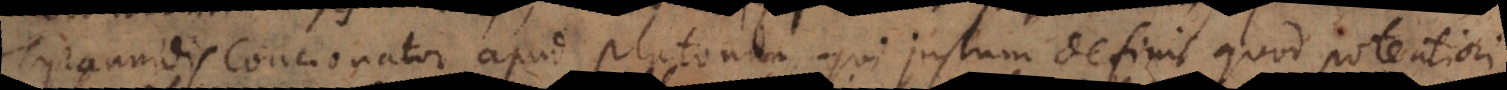
Tyrannidis concionator apud Platonem qui justum definit quod potentiori